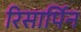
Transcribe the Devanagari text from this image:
रिसार्पिन